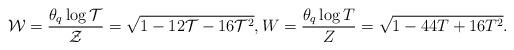
LaTeX: \begin{align*} \mathcal{W} = \frac{\theta_{q} \log \mathcal{T}}{\mathcal{Z}} = \sqrt{1 - 12 \mathcal{T} - 16\mathcal{T}^{2}}, W = \frac{\theta_{q} \log T}{Z} = \sqrt{1-44T +16T^{2}}.\end{align*}